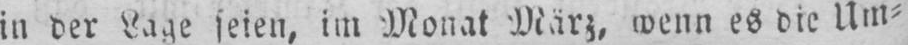
in der Lage seien, im Monat März, wenn es die Um⸗